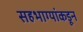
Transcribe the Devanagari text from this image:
सहभाग्यांकडून